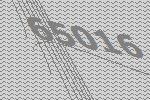
65016